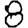
Digit: 8